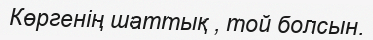
Көргенің шаттық , той болсын.